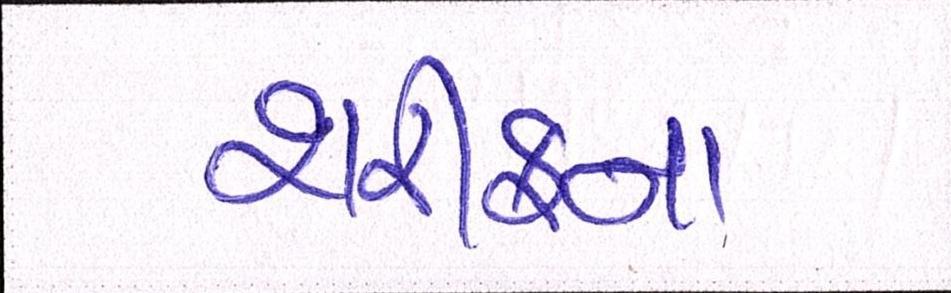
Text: શરીફના